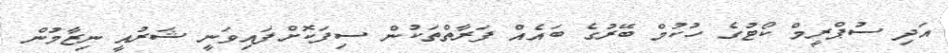
އަދި ސުޕްރީމް ކޯޓުގެ ހުކުމް ބޭރުގެ ބައެއް ފަރާތްތަކުން ސިފަކޮށްފައިވަނީ ޝަރުއީ ނިޒާމުން